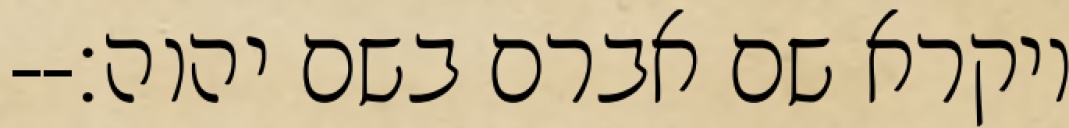
ויקרא שם אברם בשם יהוה׃--